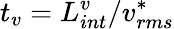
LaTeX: t_{v}=L_{int}^{v}/v_{rms}^{*}